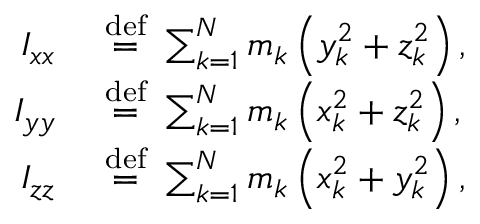
{ \begin{array} { r l } { I _ { x x } \ } & { { \stackrel { \mathrm { d e f } } { = } } \ \sum _ { k = 1 } ^ { N } m _ { k } \left( y _ { k } ^ { 2 } + z _ { k } ^ { 2 } \right) , } \\ { I _ { y y } \ } & { { \stackrel { \mathrm { d e f } } { = } } \ \sum _ { k = 1 } ^ { N } m _ { k } \left( x _ { k } ^ { 2 } + z _ { k } ^ { 2 } \right) , } \\ { I _ { z z } \ } & { { \stackrel { \mathrm { d e f } } { = } } \ \sum _ { k = 1 } ^ { N } m _ { k } \left( x _ { k } ^ { 2 } + y _ { k } ^ { 2 } \right) , } \end{array} }